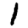
Digit: 1